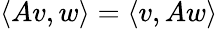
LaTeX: \langle Av,w\rangle=\langle v,Aw\rangle